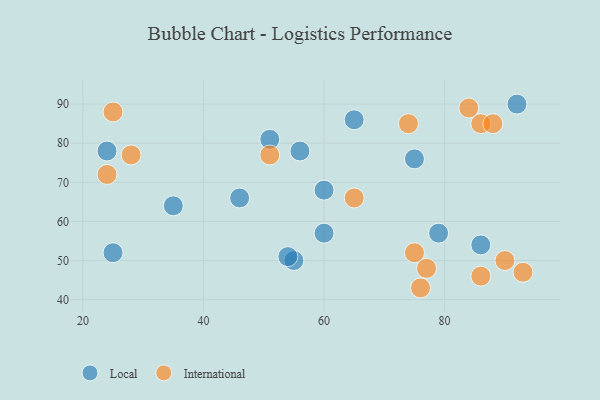
{"axis": {"x": "GDP", "y": "Life Expectancy"}, "legend": ["International", "Local"], "data": [{"x": "65", "y": 86, "type": "Local"}, {"x": "55", "y": 50, "type": "Local"}, {"x": "56", "y": 78, "type": "Local"}, {"x": "46", "y": 66, "type": "Local"}, {"x": "35", "y": 64, "type": "Local"}, {"x": "25", "y": 52, "type": "Local"}, {"x": "60", "y": 57, "type": "Local"}, {"x": "51", "y": 81, "type": "Local"}, {"x": "24", "y": 78, "type": "Local"}, {"x": "75", "y": 76, "type": "Local"}, {"x": "60", "y": 68, "type": "Local"}, {"x": "79", "y": 57, "type": "Local"}, {"x": "86", "y": 54, "type": "Local"}, {"x": "54", "y": 51, "type": "Local"}, {"x": "92", "y": 90, "type": "Local"}, {"x": "24", "y": 72, "type": "International"}, {"x": "51", "y": 77, "type": "International"}, {"x": "90", "y": 50, "type": "International"}, {"x": "28", "y": 77, "type": "International"}, {"x": "86", "y": 85, "type": "International"}, {"x": "75", "y": 52, "type": "International"}, {"x": "65", "y": 66, "type": "International"}, {"x": "76", "y": 43, "type": "International"}, {"x": "86", "y": 46, "type": "International"}, {"x": "88", "y": 85, "type": "International"}, {"x": "25", "y": 88, "type": "International"}, {"x": "74", "y": 85, "type": "International"}, {"x": "84", "y": 89, "type": "International"}, {"x": "93", "y": 47, "type": "International"}, {"x": "77", "y": 48, "type": "International"}]}